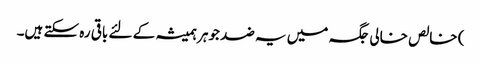
) خالص خالی جگہ میں یہ ضد جوہر ہمیشہ کے لئے باقی رہ سکتے ہیں۔